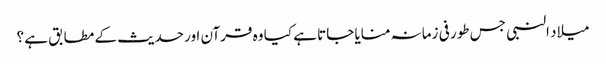
میلاد النبی جس طور فی زمانہ منایا جاتا ہے کیا وہ قرآن اور حدیث کے مطابق ہے ؟